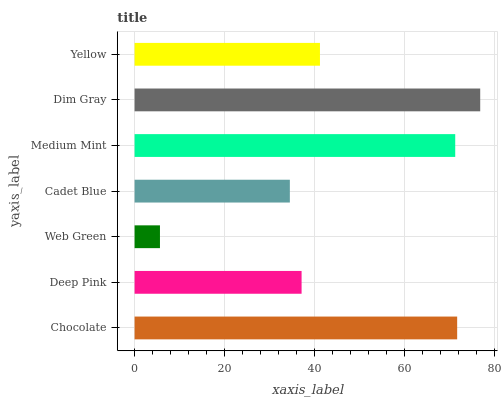
| yaxis_label | bars |
 | --- | --- |
 | Chocolate | 71.6 |
 | Deep Pink | 37.1 |
 | Web Green | 5.63 |
 | Cadet Blue | 34.5 |
 | Medium Mint | 71.2 |
 | Dim Gray | 76.8 |
 | Yellow | 41.2 |